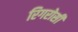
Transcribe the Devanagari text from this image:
रिगरोसी